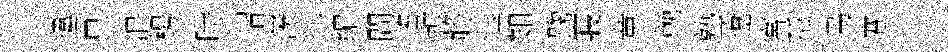
違只浪枵時瑁羡毬編間遙振將珏如踘寢章輓塾遼宮孤烏蹇